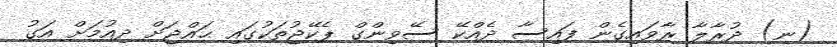
(ނ) ދުރާލާ ރާވައިގެން ފައިސާ ދެއްކޭ ސޭވިންގް ޕެކޭޖުތަކުގައި ޙައްޖަށް ދިއުމަށް އަގު